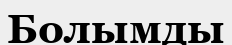
Болымды